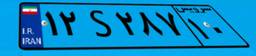
۵۱S۱۹۲۳۹